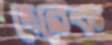
দেরেক